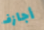
أجازف